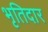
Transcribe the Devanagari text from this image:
भृतिदार